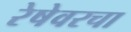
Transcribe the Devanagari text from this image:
रेषेवरचा